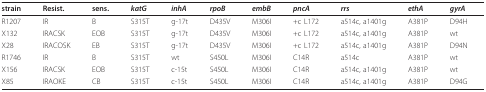
<table><thead><tr><td><b>strain</b></td><td><b>Resist.</b></td><td><b>sens.</b></td><td><b><i>katG</i></b></td><td><b><i>inhA</i></b></td><td><b><i>rpoB</i></b></td><td><b><i>embB</i></b></td><td><b><i>pncA</i></b></td><td><b><i>rrs</i></b></td><td><b><i>ethA</i></b></td><td><b><i>gyrA</i></b></td></tr></thead><tbody><tr><td>R1207</td><td>IR</td><td>B</td><td>S315T</td><td>g-17t</td><td>D435V</td><td>M306I</td><td>+c L172</td><td>a514c, a1401g</td><td>A381P</td><td>D94H</td></tr><tr><td>X132</td><td>IRACSK</td><td>EOB</td><td>S315T</td><td>g-17t</td><td>D435V</td><td>M306I</td><td>+c L172</td><td>a514c, a1401g</td><td>A381P</td><td>wt</td></tr><tr><td>X28</td><td>IRACOSK</td><td>EB</td><td>S315T</td><td>g-17t</td><td>D435V</td><td>M306I</td><td>+c L172</td><td>a514c, a1401g</td><td>A381P</td><td>D94N</td></tr><tr><td>R1746</td><td>IR</td><td>B</td><td>S315T</td><td>wt</td><td>S450L</td><td>M306I</td><td>C14R</td><td>a514c</td><td>A381P</td><td>wt</td></tr><tr><td>X156</td><td>IRACSK</td><td>EOB</td><td>S315T</td><td>c-15t</td><td>S450L</td><td>M306I</td><td>C14R</td><td>a514c, a1401g</td><td>A381P</td><td>wt</td></tr><tr><td>X85</td><td>IRAOKE</td><td>CB</td><td>S315T</td><td>c-15t</td><td>S450L</td><td>M306I</td><td>C14R</td><td>a514c, a1401g</td><td>A381P</td><td>D94G</td></tr></tbody></table>